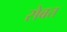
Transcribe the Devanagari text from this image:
सेबत